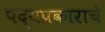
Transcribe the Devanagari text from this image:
पद्यप्रकाराचे